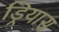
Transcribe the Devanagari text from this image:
ड्रियास